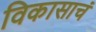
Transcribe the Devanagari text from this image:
विकासाचं